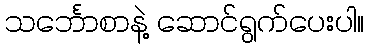
သင်္ဘောစာနဲ့ ဆောင်ရွက်ပေးပါ။